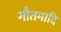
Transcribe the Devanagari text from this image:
गौतमादि